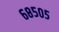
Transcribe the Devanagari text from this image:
६८५०५